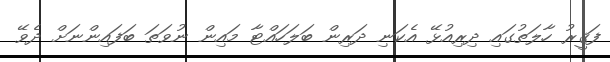
ފަޤީރު ހާލަތުގައި ދިރިއުޅޭ އެކަނި ދަރިން ބަލަހައްޓާ މައިން ނުވަތަ ބަފައިންނަށް ދެވޭ